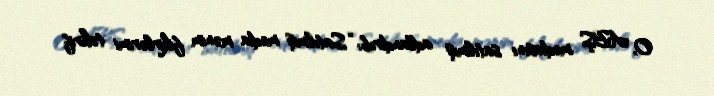
O, ABŞ mediasını satılmış adlandırıb: “Satılmış media mənim fikirlərimi təhrif